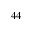
^ { 4 4 }